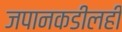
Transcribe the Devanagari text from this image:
जपानकडीलही